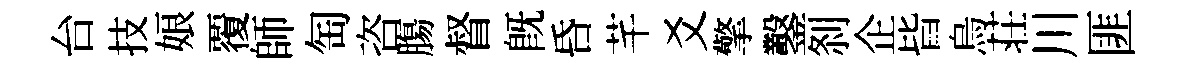
台技娘覆師匋咨膓督既昏芊爻擎鑿𠛴企𣅜烏荘川匪